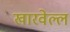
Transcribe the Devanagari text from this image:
खारवेल्ल